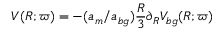
V ( R ; \boldsymbol { \varpi } ) = - ( a _ { m } / a _ { b g } ) \frac { R } { 3 } \partial _ { R } V _ { b g } ( R ; \boldsymbol { \varpi } )